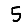
Digit: 5